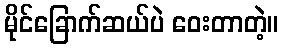
မိုင်ခြောက်ဆယ်ပဲ ဝေးတာတဲ့။